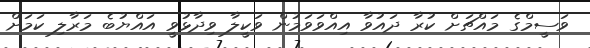
ވަސީމްގެ މައްޗަށް ކުރާ ދައުވާ އިއްވަވަމުން ވަކީލާ ވިދާޅުވީ އައްޔުބެ މަރާލި ކަމަށް